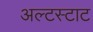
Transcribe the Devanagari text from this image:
अल्टस्टाट